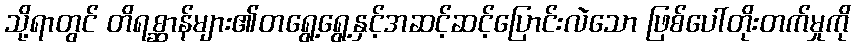
သို့ရာတွင် တိရစ္ဆာန်များ၏တရွေ့ရွေ့နှင့်အဆင့်ဆင့်ပြောင်းလဲသော ဖြစ်ပေါ်တိုးတက်မှုကို